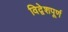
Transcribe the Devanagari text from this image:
विद्वेशपूर्ण